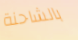
بالشاحنة